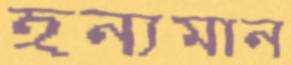
হন্যমান